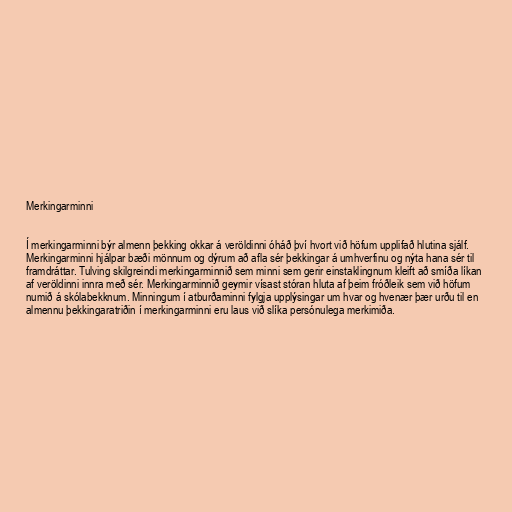
Merkingarminni

Í merkingarminni býr almenn þekking okkar á veröldinni óháð því hvort við höfum upplifað hlutina sjálf.
Merkingarminni hjálpar bæði mönnum og dýrum að afla sér þekkingar á umhverfinu og nýta hana sér til
framdráttar. Tulving skilgreindi merkingarminnið sem minni sem gerir einstaklingnum kleift að smíða líkan
af veröldinni innra með sér. Merkingarminnið geymir vísast stóran hluta af þeim fróðleik sem við höfum
numið á skólabekknum. Minningum í atburðaminni fylgja upplýsingar um hvar og hvenær þær urðu til en
almennu þekkingaratriðin í merkingarminni eru laus við slíka persónulega merkimiða.